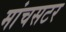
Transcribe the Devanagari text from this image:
मांचसटर